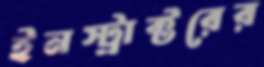
ইনস্ট্রাক্টরের